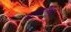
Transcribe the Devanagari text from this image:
प्रमाणीकृत